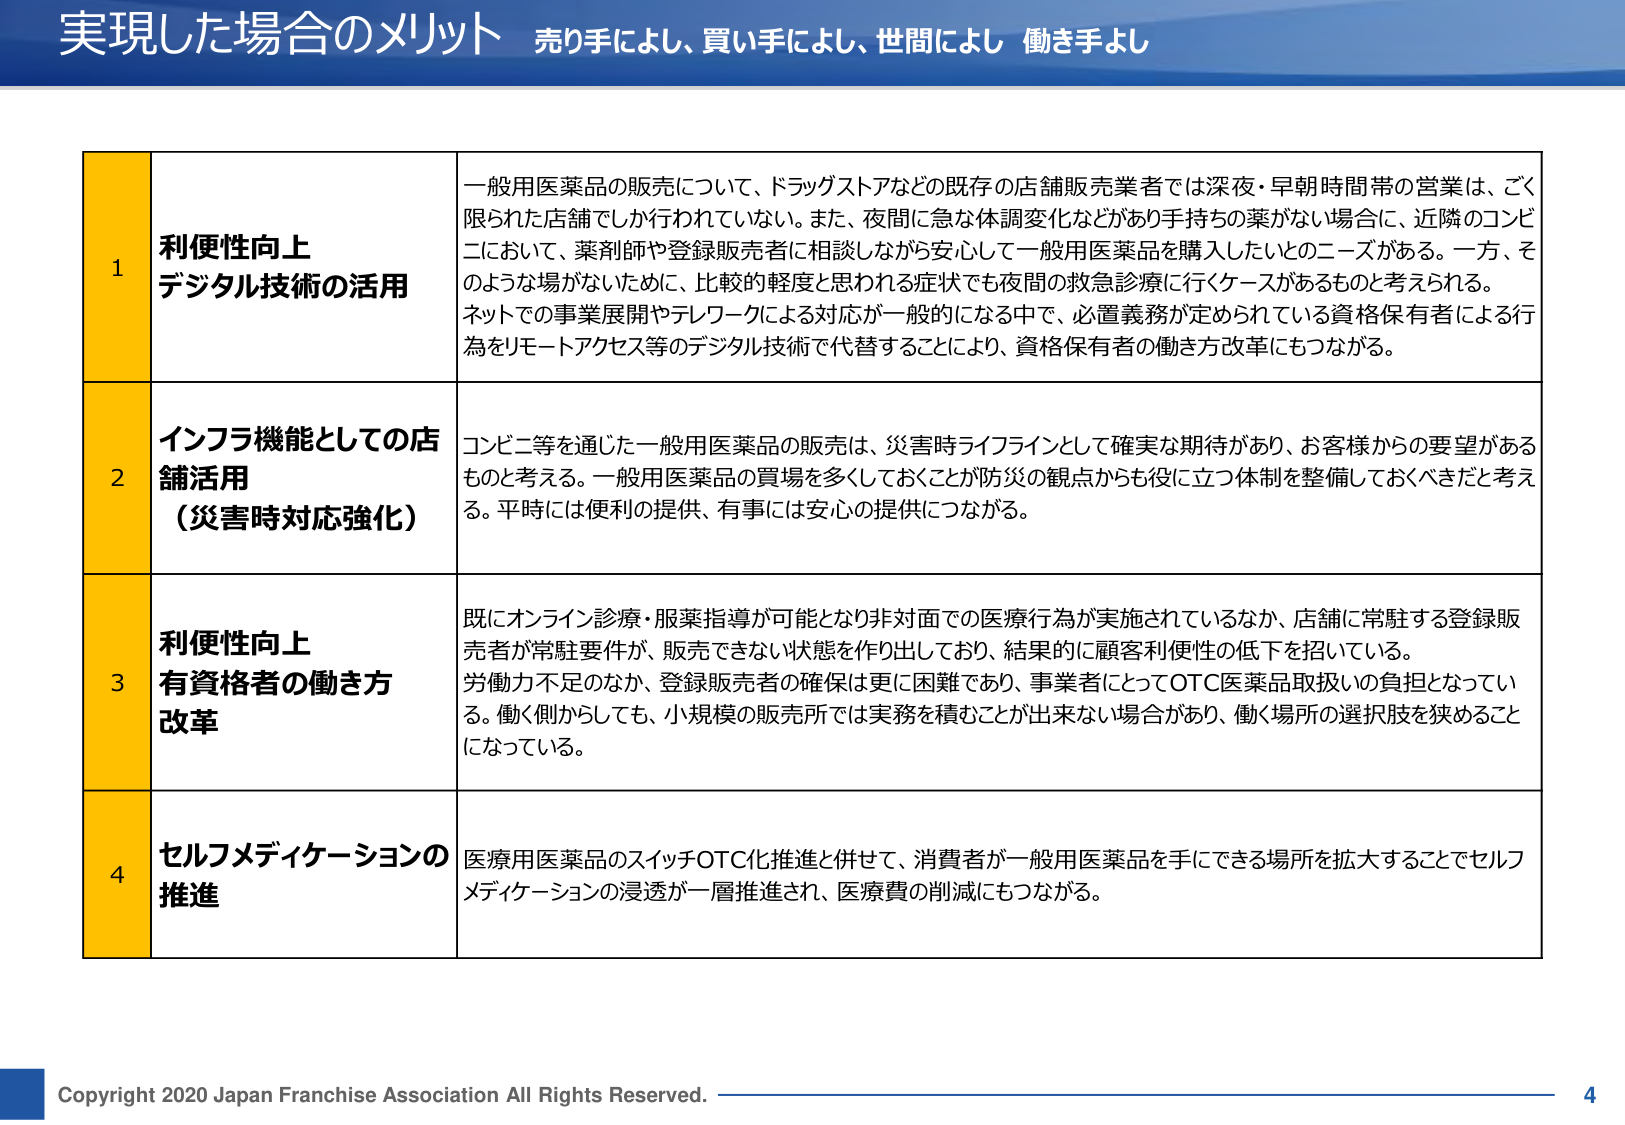
実現した場合のメリット 売り手によし、買い手によし、世間によし 働き手よし

1 利便性向上 デジタル技術の活用
一般用医薬品の販売について、ドラッグストアなどの既存の店舗販売業者では深夜・早朝時間帯の営業は、ごく限られた店舗でしか行われていない。また、夜間に急な体調変化などがあり手持ちの薬がない場合に、近隣のコンビニにおいて、薬剤師や登録販売者に相談しながら安心して一般用医薬品を購入したいとのニーズがある。一方、そのような場がないために、比較的軽度と思われる症状でも夜間の救急診療に行くケースがあるものと考えられる。ネットでの事業展開やテレワークによる対応が一般的になる中で、必置義務が定められている資格保有者による行為をリモートアクセス等のデジタル技術で代替することにより、資格保有者の働き方改革にもつながる。

2 インフラ機能としての店舗活用（災害時対応強化）
コンビニ等を通じた一般用医薬品の販売は、災害時ライフラインとして確実な期待があり、お客様からの要望があるものと考える。一般用医薬品の販売を多くしておくことが防災の観点からも役に立つ体制を整備しておくべきだと考える。平時には便利の提供、有事には安心の提供につながる。

3 利便性向上 有資格者の働き方改革
既にオンライン診療・服薬指導が可能となり非対面での医療行為が実施されているなか、店舗に常駐する登録販売者が常駐要件が、販売できない状態を作り出しており、結果的に顧客利便性の低下を招いている。労働力不足のなか、登録販売者の確保は更に困難であり、事業者にとってOTC医薬品取扱いの負担となっている。働く側からしても、小規模の販売所では実務を積むことが出来ない場合があり、働く場所の選択肢を狭めることになっている。

4 セルフメディケーションの推進
医療用医薬品のスイッチOTC化推進と併せて、消費者が一般用医薬品を手にできる場所を拡大することでセルフメディケーションの浸透が一層推進され、医療費の削減にもつながる。

Copyright 2020 Japan Franchise Association All Rights Reserved. 4